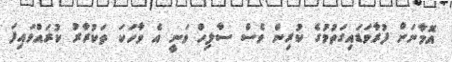
އޮމާނަށް ފުރާވަޑައިގަތުމުގެ ކުރިން ވެސް ސާލިހް ވަނީ އެ ވާހަކަ ތަކުރާރު ކުރައްވައިފަ